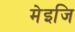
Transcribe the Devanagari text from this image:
मेइजि